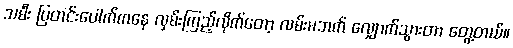
သမီး ပြတင်းပေါက်ကနေ လှမ်းကြည့်လိုက်တော့ လမ်းမဘက် လျှောက်သွားတာ တွေ့တယ်။